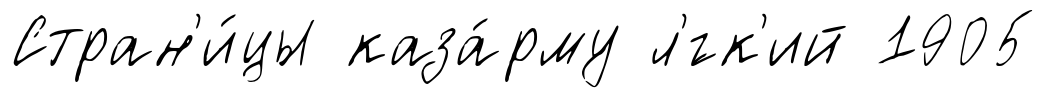
Стран'и́цы каза́рму л'́гк'ий 1905